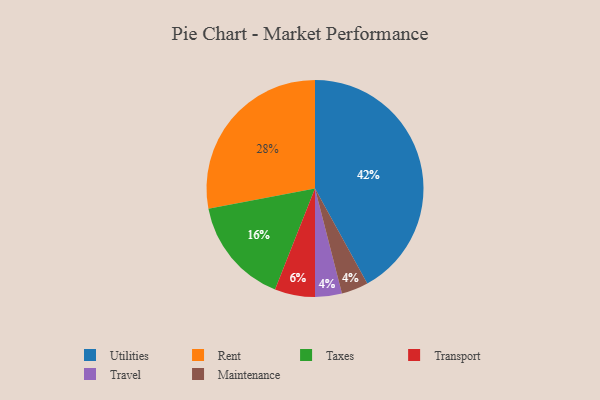
{"axis": {"x": "Category", "y": "Percentage"}, "legend": ["Maintenance", "Rent", "Taxes", "Transport", "Travel", "Utilities"], "data": [{"x": "Utilities", "y": 42, "type": "Utilities"}, {"x": "Travel", "y": 4, "type": "Travel"}, {"x": "Transport", "y": 6, "type": "Transport"}, {"x": "Maintenance", "y": 4, "type": "Maintenance"}, {"x": "Taxes", "y": 16, "type": "Taxes"}, {"x": "Rent", "y": 28, "type": "Rent"}]}